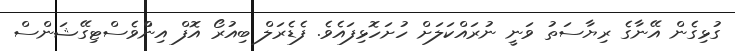
ގުޅިގެން އޭނާގެ ރިޔާސަތު ވަނީ ނުރައްކަލަށް ހުށަހޮޅިފައެވެ. ފެޑެރަލް ބިއުރޯ އޮފް އިންްވެސްޓިގޭޝަންސް